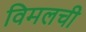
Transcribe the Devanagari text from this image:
विमलची